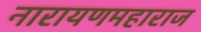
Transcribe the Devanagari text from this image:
नारायणमहाराज